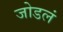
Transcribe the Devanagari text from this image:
जोडलं